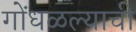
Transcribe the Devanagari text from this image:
गोंधळल्याची